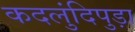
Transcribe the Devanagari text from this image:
कदलुंदिपुड़ा